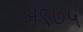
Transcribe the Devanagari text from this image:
अ९७५